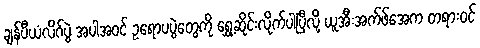
ချန်ပီယံလိဂ်ပွဲ အပါအဝင် ဥရောပပွဲတွေကို ရွှေ့ဆိုင်းလိုက်ပါပြီလို့ ယူအီးအက်ဖ်အေက တရားဝင်